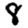
Digit: 8